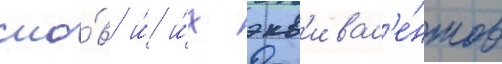
сло́в и́ и́х экв'ивал'е́нтов